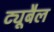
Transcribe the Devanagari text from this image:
ट्यूबैल